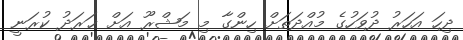
ދިހަ އަހަރު ދުވަހުގެ މުއްދަތަށް ހިންގާ މި މަޝްރޫ އަށް ޚަރަދު ކުރަނީ